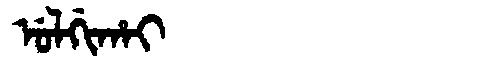
Manchu: ᡠᠯᡤᡳᡥᠠᡳ
Romanization: ULGIHAI